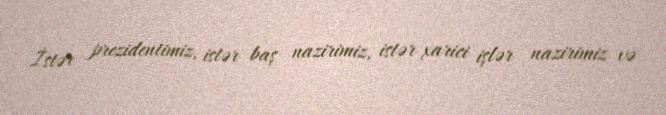
İstər prezidentimiz, istər baş nazirimiz, istər xarici işlər nazirimiz və